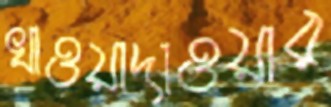
খাওয়াদাওয়ার